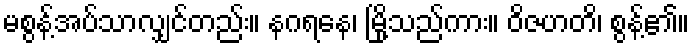
မစွန့်အပ်သာလျှင်တည်း။ နဂရနေ၊ မြို့သည်ကား။ ဝိဇဟတိ၊ စွန့်၏။